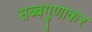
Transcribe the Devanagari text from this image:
सब्बगुणाकर